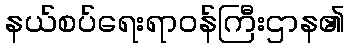
နယ်စပ်ရေးရာဝန်ကြီးဌာန၏